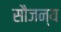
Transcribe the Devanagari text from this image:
सौजन्‍य